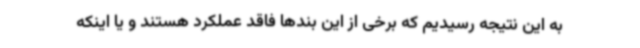
به این نتیجه رسیدیم که برخی از این بندها فاقد عملکرد هستند و یا اینکه